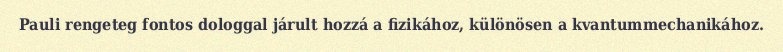
Pauli rengeteg fontos dologgal járult hozzá a fizikához, különösen a kvantummechanikához.